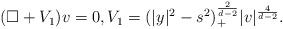
LaTeX: \begin{align*}(\Box + V_1) v = 0, V_1 = (|y|^2 - s^2)_+^\frac{2}{d-2} |v|^{\frac{4}{d-2}}.\end{align*}